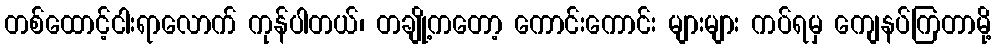
တစ်ထောင့်ငါးရာလောက် ကုန်ပါတယ်၊ တချို့ကတော့ ကောင်းကောင်း များများ ကပ်ရမှ ကျေနပ်ကြတာမို့